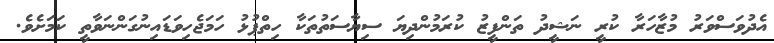
އެދުވަސްވަރު މުޒާހަރާ ކުރީ ނަޝީދު ތަންފީޒު ކުރަމުންދިޔަ ސިޔާސަތުތަކާ ހިތްޕުޅު ހަމަޖެހިވަޑައިނުގަންނަވާތީ ކަމަށެވެ.